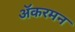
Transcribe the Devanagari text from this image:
ॲकरमन